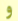
و